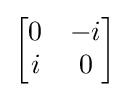
{\begin{bmatrix}0&-i\\i&0\end{bmatrix}}